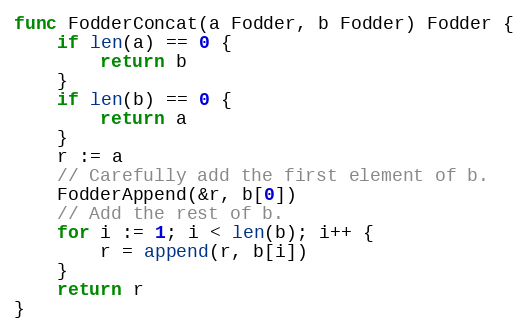
Language: Go
func FodderConcat(a Fodder, b Fodder) Fodder {
	if len(a) == 0 {
		return b
	}
	if len(b) == 0 {
		return a
	}
	r := a
	// Carefully add the first element of b.
	FodderAppend(&r, b[0])
	// Add the rest of b.
	for i := 1; i < len(b); i++ {
		r = append(r, b[i])
	}
	return r
}